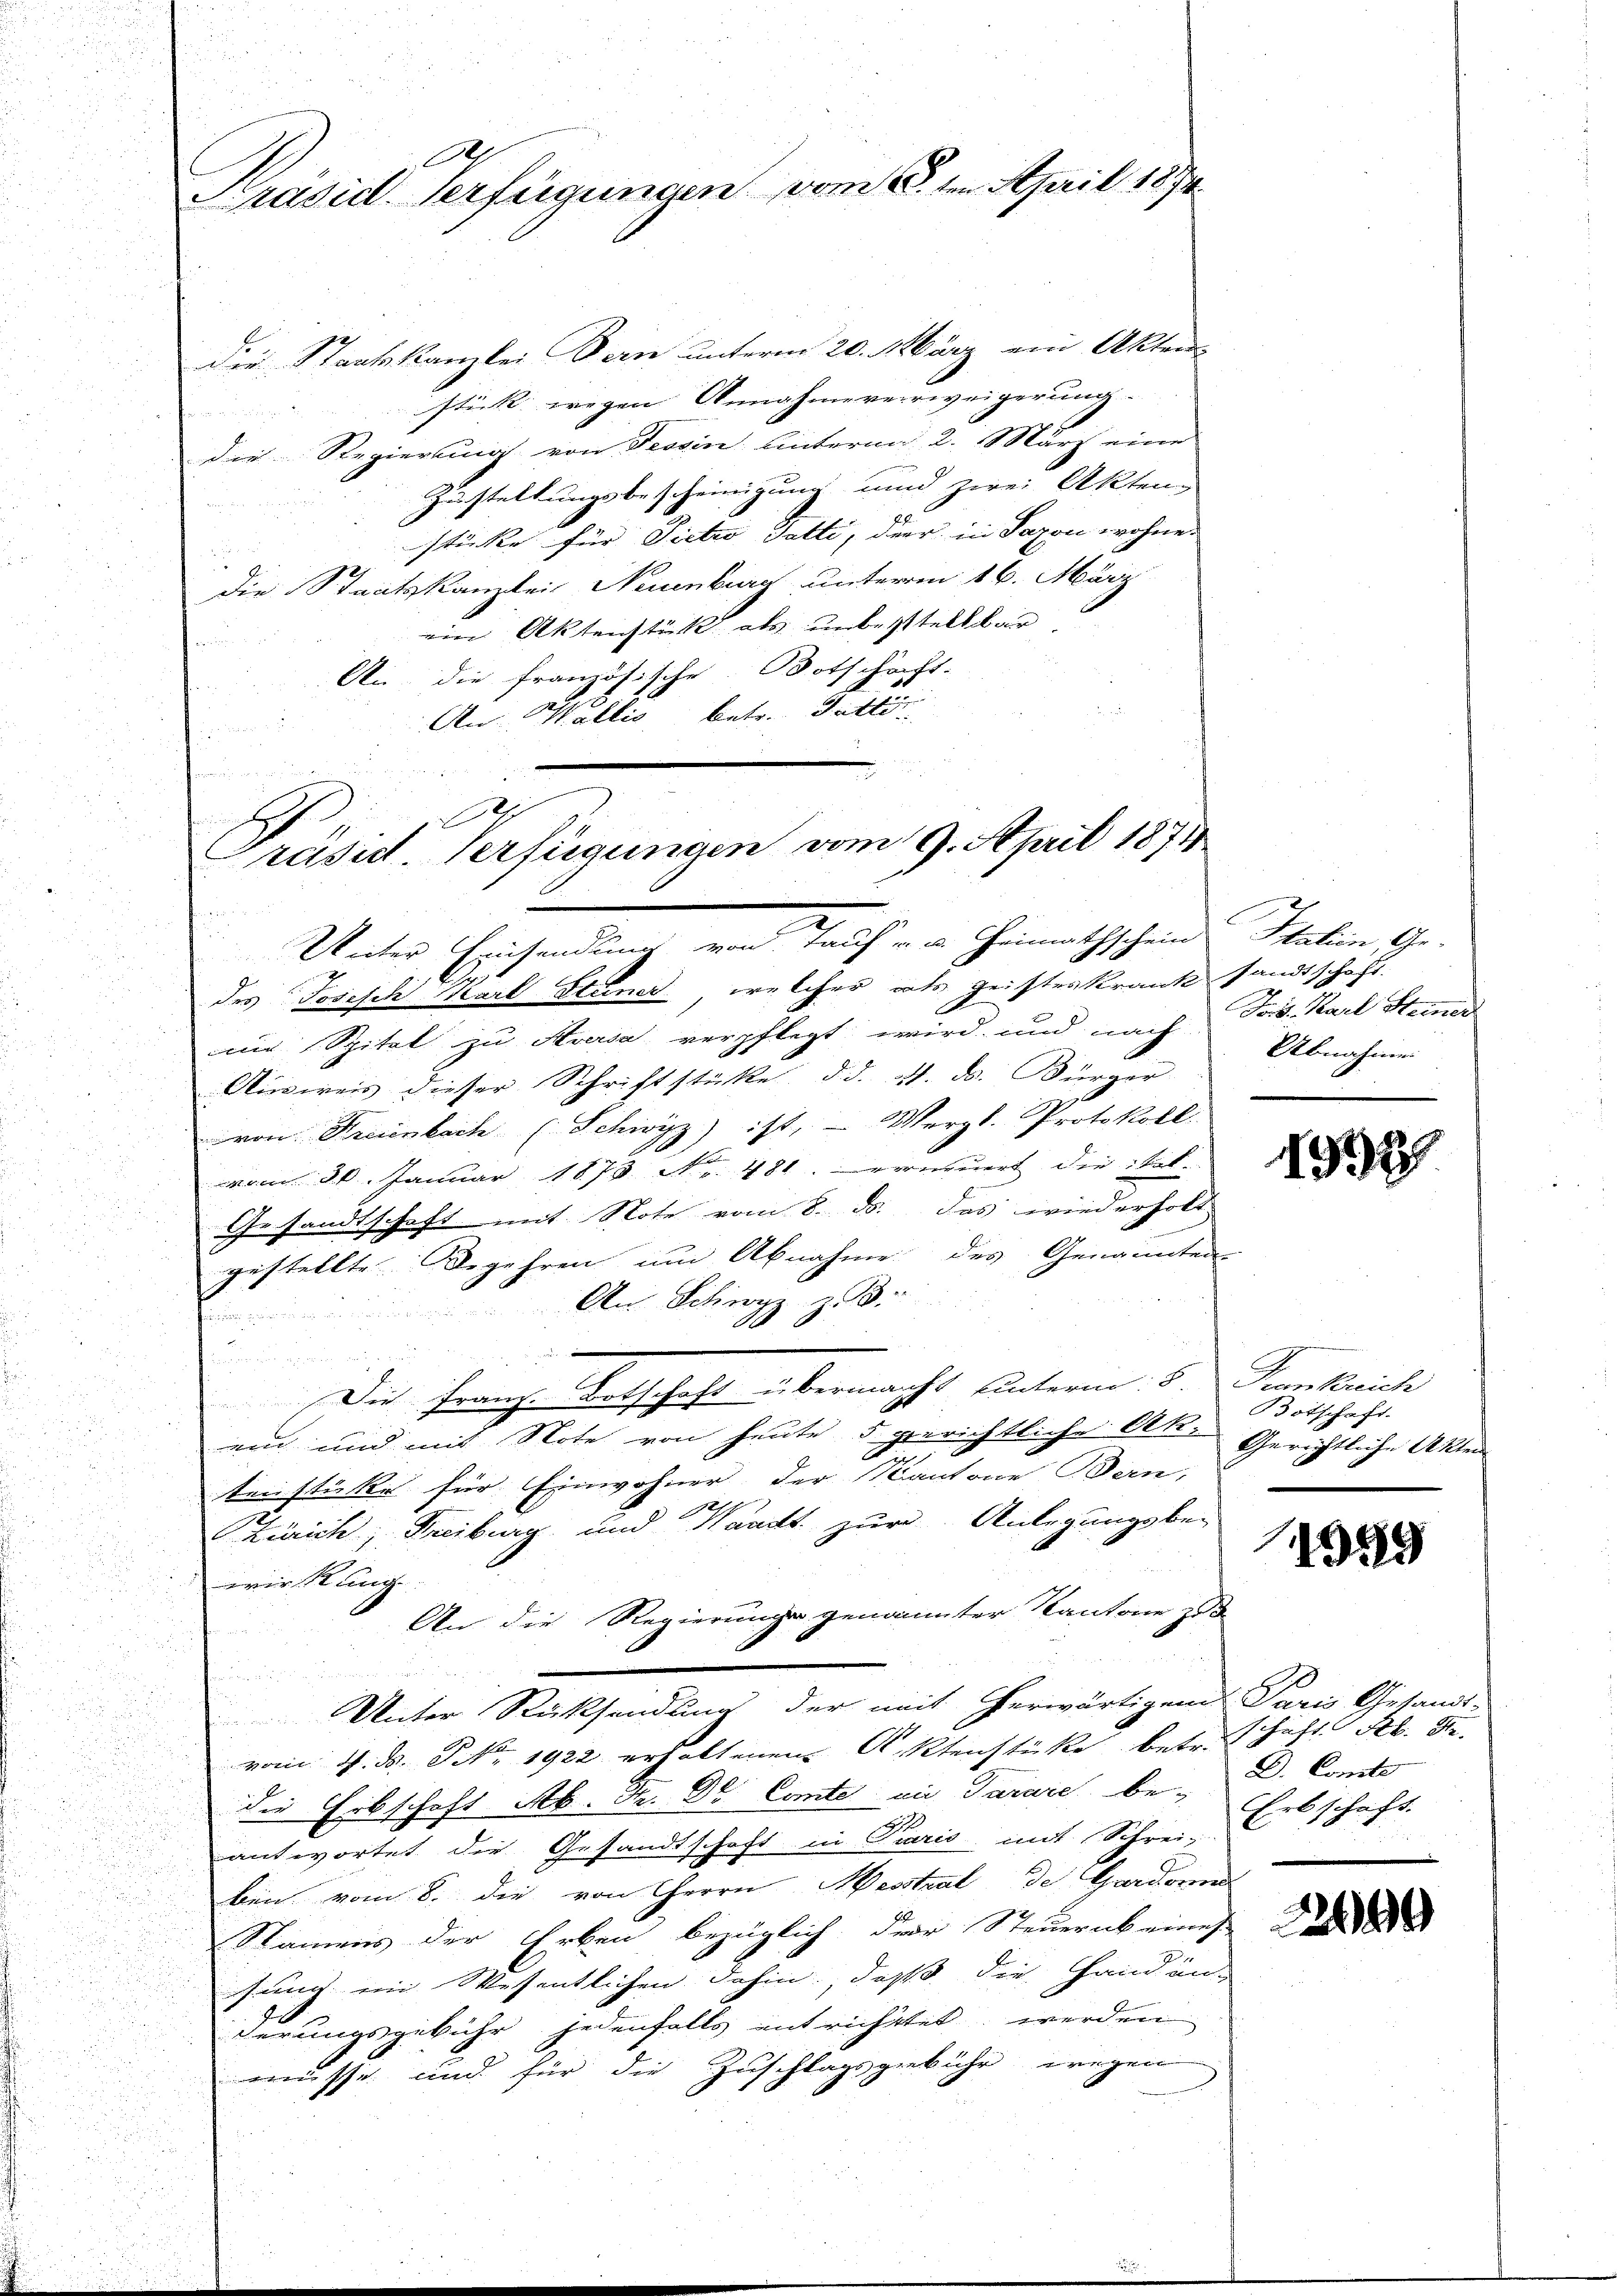
A
Präsid. Verfügungen vom 6. ten April 1894

die Staatskanzlei Bern unterm 20. März ein Akten
stick wegen Annahmeverweigerung
die Regierung von Tessin hinterna 2. März eine
Zustaltungsbescheinigung und zwei Akten.
stüke für Sictes Gatti, der in Saxon wohne.
die Staatskanzlei Neuenburg unterm 16. März
ein Aktenstitz als unbestellbar
An die französische Botschaft.
An Wallis betr. Pallis

x
Präsid. Verfügungen vom 9. April 1874
.
Unter Erscheidung von Trauf von Heimathschende Thalen 9.

des Josisch Karl Stuner, welcher als geisteskrank sandtschaft.
mi Spital zu Aversa verpflegt wird und nach Jos. Karl Stimmu
Ausweis dieser Schriftstüke d. d. d. d. Bürger
von Freienbach (Schwyz) ist, — Merzl. Protokoll
vom 30. Januar 1873 Nr. 481. verneuert die ital.
Gesandtschaft mit Note vom 8. ds. das wiederholt
gestellte Begehren um Abnahme des Genannten
An Schwyz z. B.

Die Franz Ortschaft übermacht unterm 5. Junkrich
.
ein und mit Note von heute 5 gerichtliche Ak. Gerichtliche Akten
tenstüke für Einwohner der Kantone Bern,
Zürich, Freiburg und Waadt zur Anlegungsbe-
wir Rang
An die Regierung genannter Kantone zu
u
Unter Rücksendung der mit herwärtigend Paris Gesandt-
.
vom 1. d. S. 1922 erhaltenen Aktenstücke betr.
die Erbschaft Ab. Fr. Dr. Comte ein Tarare be-
antwortet die Gesandtschaft in Paris mit Schrei- Erbschaft
ben vom 8. die von Herrn Messtral de Gardonne
Namens der Erben bezüglich der Steuerab eines
sund im Wesentlichen dahin, daß die Hand an-
e
derungsgebühr jedenfalls entrichtet werden
wisse und für die Zuschlagsgebühr wegen

Abnahmen

1397

Botschaft-

1355

schaft Seb. S.
D. Comte

2649